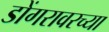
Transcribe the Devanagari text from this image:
डोंगरावरच्या